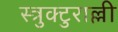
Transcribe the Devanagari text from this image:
स्त्रुक्टुराल्ली